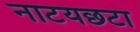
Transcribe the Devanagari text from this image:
नाटयछटा